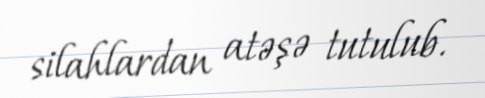
silahlardan atəşə tutulub.